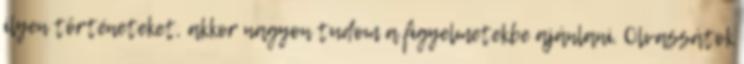
ilyen történeteket, akkor nagyon tudom a figyelmetekbe ajánlani. Olvassátok